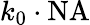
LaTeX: k_{0}\cdot\mathrm{NA}